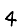
Digit: 4